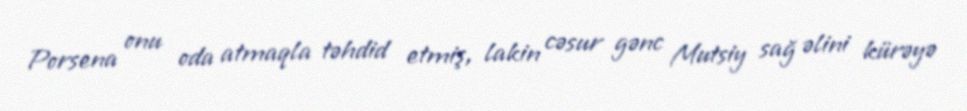
Porsena onu oda atmaqla təhdid etmiş, lakin cəsur gənc Mutsiy sağ əlini kürəyə